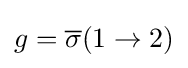
g={\overline {\sigma }}(1\to 2)